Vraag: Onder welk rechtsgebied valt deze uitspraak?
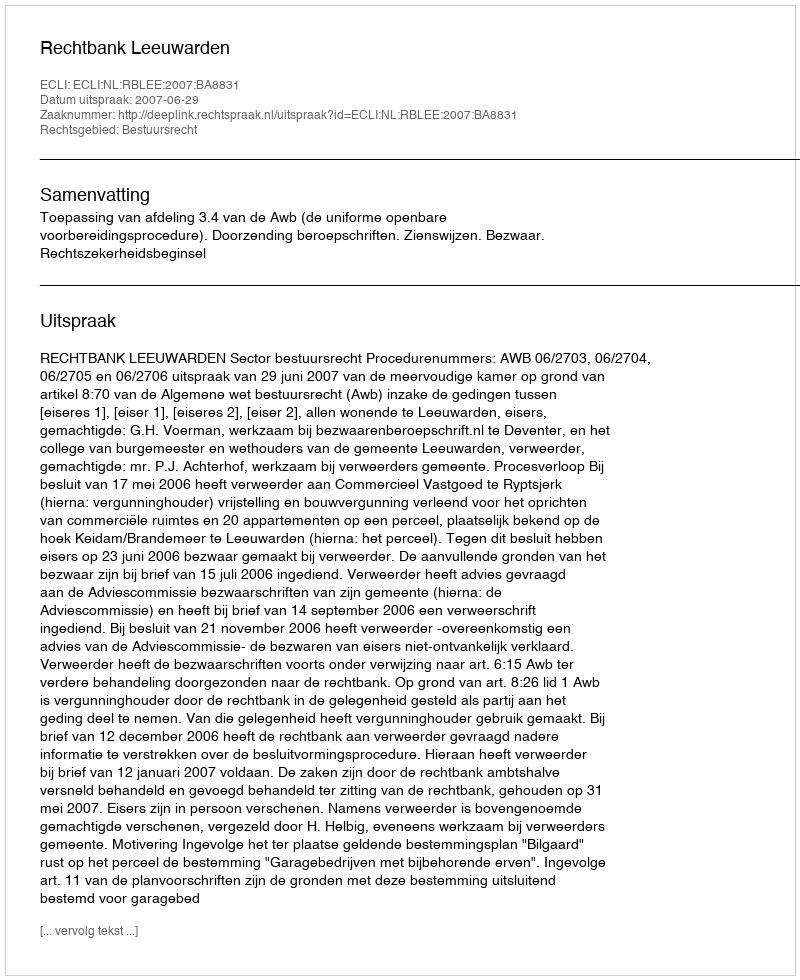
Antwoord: Bestuursrecht